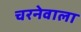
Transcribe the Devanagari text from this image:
चरनेवाला